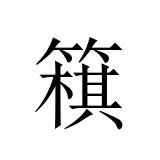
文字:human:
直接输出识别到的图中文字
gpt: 簯